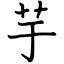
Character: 芋